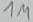
Text: 1M